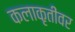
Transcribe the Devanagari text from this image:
कलाकृतींवर